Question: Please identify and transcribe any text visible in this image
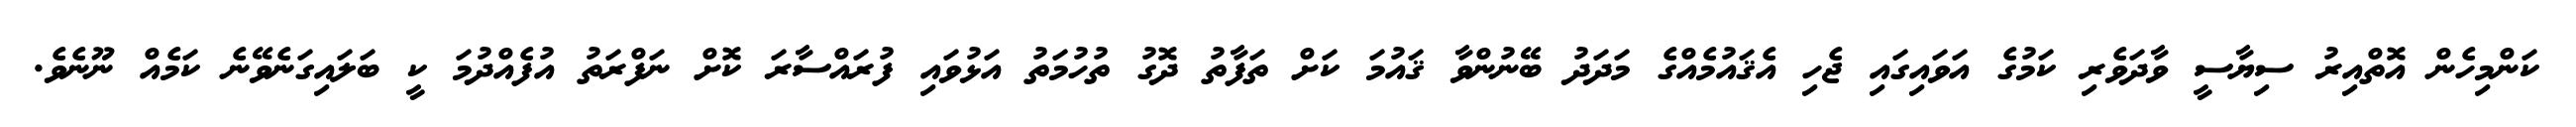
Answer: ކަންމިހެން އޮތްއިރު ސިޔާސީ ވާދަވެރި ކަމުގެ އަވައިގައި ޖެހި އެޤައުމެއްގެ މަދަދު ބޭނުންވާ ޤައުމަ ކަށް ތަފާތު ދޮގު ތުހުމަތު އަޅުވައި ފުރައްސާރަ ކޮށް ނަފްރަތު އުފެއްދުމަ ކީ ބަލައިގަނެވޭނެ ކަމެއް ނޫނެވެ.